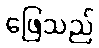
ဖြေသည်